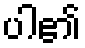
ပါ၏